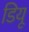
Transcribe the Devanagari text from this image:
डियू